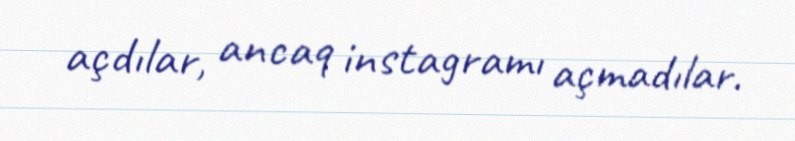
açdılar, ancaq instagramı açmadılar.